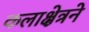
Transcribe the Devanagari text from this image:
कलाक्षेत्रने